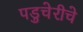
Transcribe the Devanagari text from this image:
पडुचेरीचे